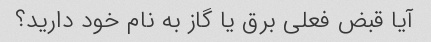
آیا قبض فعلی برق یا گاز به نام خود دارید؟